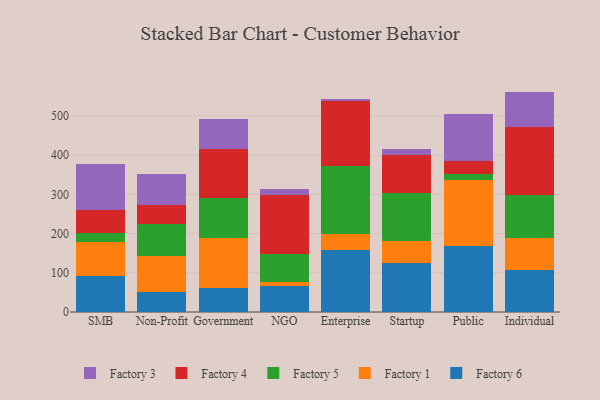
{"axis": {"x": "Segment", "y": "Population (Million)"}, "legend": ["Factory 1", "Factory 3", "Factory 4", "Factory 5", "Factory 6"], "data": [{"x": "SMB", "y": 91.3, "type": "Factory 6"}, {"x": "SMB", "y": 86.1, "type": "Factory 1"}, {"x": "SMB", "y": 24.2, "type": "Factory 5"}, {"x": "SMB", "y": 57.5, "type": "Factory 4"}, {"x": "SMB", "y": 119.3, "type": "Factory 3"}, {"x": "Non-Profit", "y": 51.7, "type": "Factory 6"}, {"x": "Non-Profit", "y": 92.0, "type": "Factory 1"}, {"x": "Non-Profit", "y": 80.1, "type": "Factory 5"}, {"x": "Non-Profit", "y": 49.8, "type": "Factory 4"}, {"x": "Non-Profit", "y": 79.7, "type": "Factory 3"}, {"x": "Government", "y": 60.5, "type": "Factory 6"}, {"x": "Government", "y": 128.5, "type": "Factory 1"}, {"x": "Government", "y": 100.9, "type": "Factory 5"}, {"x": "Government", "y": 126.8, "type": "Factory 4"}, {"x": "Government", "y": 75.6, "type": "Factory 3"}, {"x": "NGO", "y": 65.1, "type": "Factory 6"}, {"x": "NGO", "y": 11.1, "type": "Factory 1"}, {"x": "NGO", "y": 71.0, "type": "Factory 5"}, {"x": "NGO", "y": 151.8, "type": "Factory 4"}, {"x": "NGO", "y": 14.6, "type": "Factory 3"}, {"x": "Enterprise", "y": 157.9, "type": "Factory 6"}, {"x": "Enterprise", "y": 41.8, "type": "Factory 1"}, {"x": "Enterprise", "y": 171.7, "type": "Factory 5"}, {"x": "Enterprise", "y": 166.0, "type": "Factory 4"}, {"x": "Enterprise", "y": 5.1, "type": "Factory 3"}, {"x": "Startup", "y": 124.9, "type": "Factory 6"}, {"x": "Startup", "y": 56.8, "type": "Factory 1"}, {"x": "Startup", "y": 122.3, "type": "Factory 5"}, {"x": "Startup", "y": 96.1, "type": "Factory 4"}, {"x": "Startup", "y": 15.9, "type": "Factory 3"}, {"x": "Public", "y": 168.0, "type": "Factory 6"}, {"x": "Public", "y": 169.9, "type": "Factory 1"}, {"x": "Public", "y": 12.9, "type": "Factory 5"}, {"x": "Public", "y": 33.9, "type": "Factory 4"}, {"x": "Public", "y": 119.8, "type": "Factory 3"}, {"x": "Individual", "y": 107.5, "type": "Factory 6"}, {"x": "Individual", "y": 81.8, "type": "Factory 1"}, {"x": "Individual", "y": 108.3, "type": "Factory 5"}, {"x": "Individual", "y": 173.2, "type": "Factory 4"}, {"x": "Individual", "y": 91.4, "type": "Factory 3"}]}